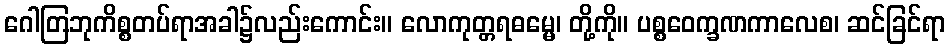
ဂေါတြဘုကိစ္စတပ်ရာအခါ၌လည်းကောင်း။ လောကုတ္တရဓမ္မေ၊ တို့ကို။ ပစ္စဝေက္ခဏကာလေစ၊ ဆင်ခြင်ရာ